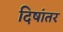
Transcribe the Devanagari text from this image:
दिषांतर